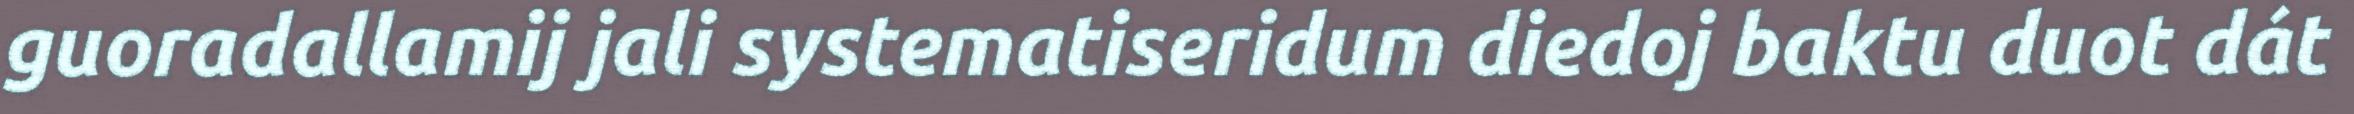
guoradallamij jali systematiseridum diedoj baktu duot dát